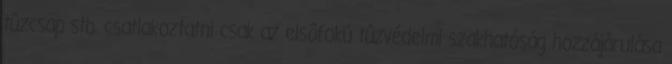
tûzcsap stb. csatlakoztatni csak az elsõfokú tûzvédelmi szakhatóság hozzájárulása